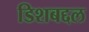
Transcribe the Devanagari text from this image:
डिशबद्दल